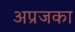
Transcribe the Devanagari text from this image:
अप्रजका